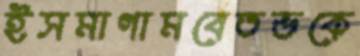
ইসমাগামবেতভকে